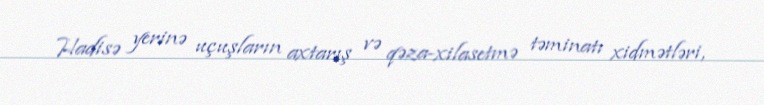
Hadisə yerinə uçuşların axtarış və qəza-xilasetmə təminatı xidmətləri,